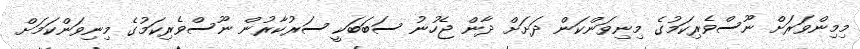
މިމިންވަރަށް ނޫސްވެރިކަމުގެ މިނިވަންކަން ދަށަށް ދާން ޖެހުނު ސަބަބަކީ ސަރުކާރުން ނޫސްވެރިކަމުގެ މިނިވަންކަމަށް